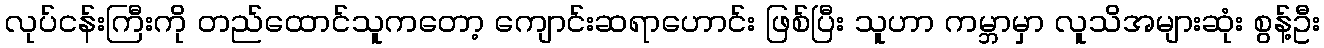
လုပ်ငန်းကြီးကို တည်ထောင်သူကတော့ ကျောင်းဆရာဟောင်း ဖြစ်ပြီး သူဟာ ကမ္ဘာမှာ လူသိအများဆုံး စွန့်ဦး